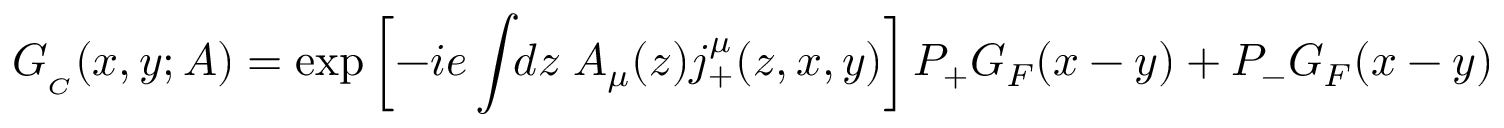
G _ { _ C } ( x , y ; A ) = \exp \left[ - i e \int \! \! d z \; A _ { \mu } ( z ) j _ { + } ^ { \mu } ( z , x , y ) \right] P _ { + } G _ { F } ( x - y ) + P _ { - } G _ { F } ( x - y )